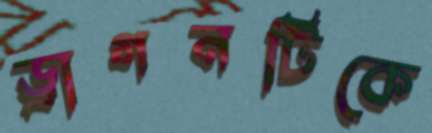
ড্রাগনটিকে